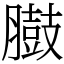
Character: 臌